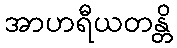
အာဟရီယတန္တိ